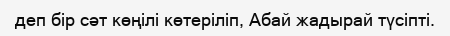
деп бір сәт көңілі көтеріліп, Абай жадырай түсіпті.